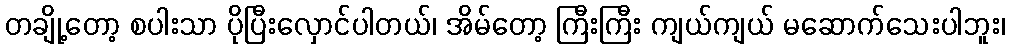
တချို့တော့ စပါးသာ ပိုပြီးလှောင်ပါတယ်၊ အိမ်တော့ ကြီးကြီး ကျယ်ကျယ် မဆောက်သေးပါဘူး၊